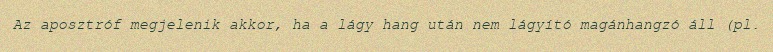
Az aposztróf megjelenik akkor, ha a lágy hang után nem lágyító magánhangzó áll (pl.